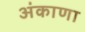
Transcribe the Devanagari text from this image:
अंकाणा